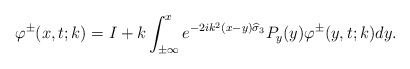
\begin{align*}\varphi^{\pm}(x,t;k)=I+k\int_{ \pm \infty }^{ x }e^{-2ik^2(x-y)\widehat{\sigma}_3}P_y(y)\varphi^{\pm}(y,t;k) dy. \end{align*}